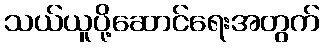
သယ်ယူပို့ဆောင်ရေးအတွက်